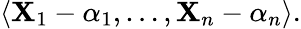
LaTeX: \langle\mathbf{X}_{1}-\alpha_{1},\ldots,\mathbf{X}_{n}-\alpha_{n}\rangle.